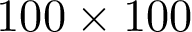
1 0 0 \times 1 0 0